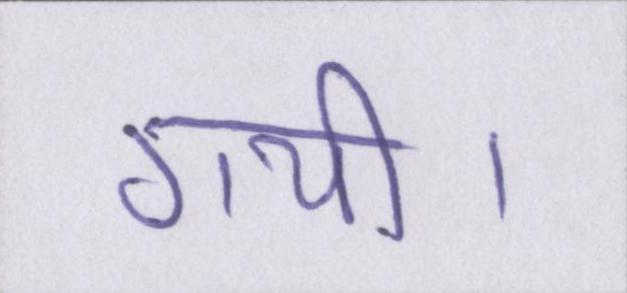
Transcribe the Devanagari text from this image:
गयी।